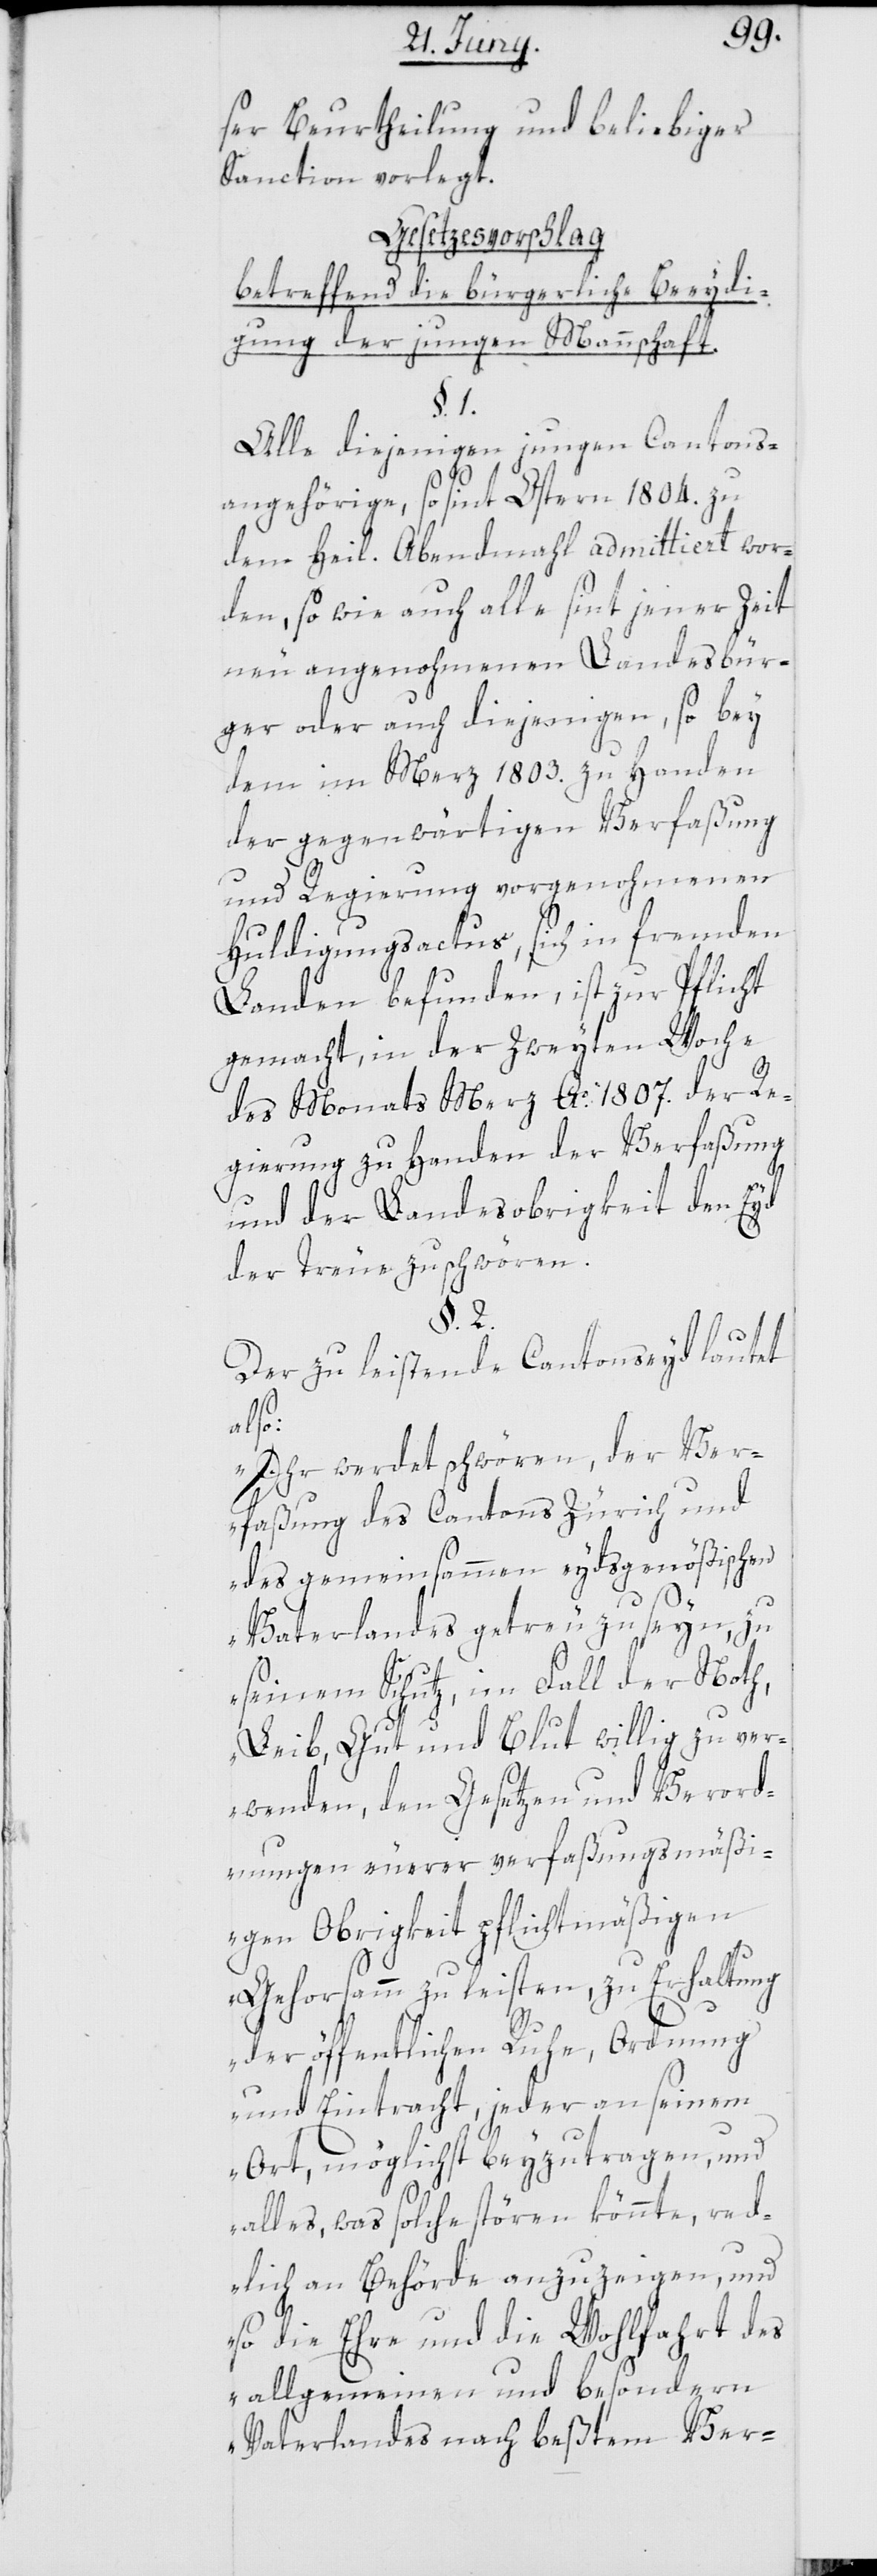
ser Beurtheilung und beliebiger
Sanction vorlegt.
Gesetzesvorschlag
betreffend die bürgerliche Beeydi¬
gung der jungen Mannschaft.
§. 1.
Alle diejenigen jungen Cantons¬
angehörige, so sint Ostern 1804. zu
dem heil. Abendmahl admittiert wor¬
den, sowie auch alle sint jener Zeit
neu angenohmenen Landesbür¬
ger oder auch diejenigen, so bey
dem im Merz 1803. zu Handen
der gegenwärtigen Verfaßung
und Regierung vorgenohmenen
Huldigungsactus sich in fremden
Landen befunden, ist zur Pflicht
gemacht, in der zweyten Woche
des Monats Merz Ao. 1807. der Re¬
gierung zu Handen der Verfaßung
und der Landesobrigkeit den Eyd
der Treue zu schwören.
§. 2.
Der zu leistende Cantonseyd lautet
also:
„Ihr werdet schwören, der Ver¬
faßung des Cantons Zürich und
des gemeinsammen eydsgenößischen
Vaterlandes getreu zu seyn, zu
seinem Schutz, im Fall der Noth,
Leib, Gut und Blut willig zu ver¬
wenden, den Gesetzen und Verord¬
nungen euerer verfaßungsmäß¬
igen Obrigkeit pflichtmäßigen
Gehorsamm zu leisten, zu Erhaltung
der öffentlichen Ruhe, Ordnung
und Eintracht, jeder an seinem
Ort, möglichst beyzutragen, und
alles, was solche stören könnte, red¬
lich an Behörde anzuzeigen, und
so die Ehre und die Wohlfahrt des
allgemeinen und besondern
Vaterlandes nach beßtem Ver-